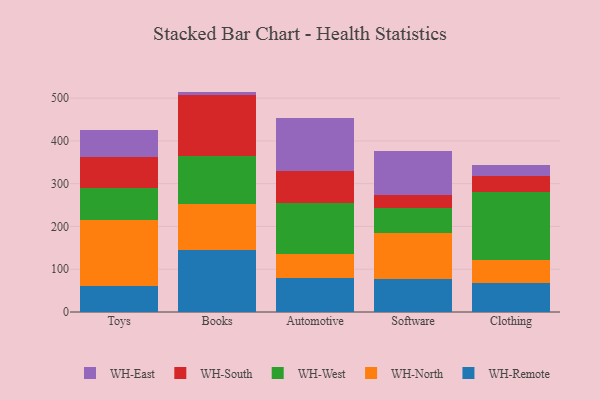
{"axis": {"x": "Category", "y": "Customer Acquisition Cost (USD)"}, "legend": ["WH-East", "WH-North", "WH-Remote", "WH-South", "WH-West"], "data": [{"x": "Toys", "y": 60.8, "type": "WH-Remote"}, {"x": "Toys", "y": 155.4, "type": "WH-North"}, {"x": "Toys", "y": 73.0, "type": "WH-West"}, {"x": "Toys", "y": 73.4, "type": "WH-South"}, {"x": "Toys", "y": 62.1, "type": "WH-East"}, {"x": "Books", "y": 145.6, "type": "WH-Remote"}, {"x": "Books", "y": 106.1, "type": "WH-North"}, {"x": "Books", "y": 113.6, "type": "WH-West"}, {"x": "Books", "y": 141.7, "type": "WH-South"}, {"x": "Books", "y": 8.2, "type": "WH-East"}, {"x": "Automotive", "y": 80.2, "type": "WH-Remote"}, {"x": "Automotive", "y": 54.9, "type": "WH-North"}, {"x": "Automotive", "y": 120.4, "type": "WH-West"}, {"x": "Automotive", "y": 73.6, "type": "WH-South"}, {"x": "Automotive", "y": 124.6, "type": "WH-East"}, {"x": "Software", "y": 76.2, "type": "WH-Remote"}, {"x": "Software", "y": 108.5, "type": "WH-North"}, {"x": "Software", "y": 57.7, "type": "WH-West"}, {"x": "Software", "y": 31.7, "type": "WH-South"}, {"x": "Software", "y": 101.6, "type": "WH-East"}, {"x": "Clothing", "y": 68.2, "type": "WH-Remote"}, {"x": "Clothing", "y": 54.1, "type": "WH-North"}, {"x": "Clothing", "y": 158.0, "type": "WH-West"}, {"x": "Clothing", "y": 37.4, "type": "WH-South"}, {"x": "Clothing", "y": 25.3, "type": "WH-East"}]}